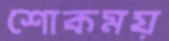
শোকময়